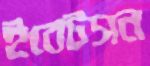
ইবেটসন